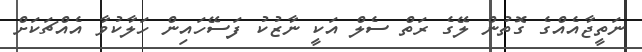
ނަތީޖާއެއްގެ ގޮތުން ލޭގެ ރަތް ސެލް އަކީ ނާޒުކު ފަސޭހައިން ހަލާކުވާ އެއްޗަކަށް